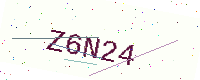
Text: Z6N24